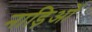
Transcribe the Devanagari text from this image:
नाड़िओं